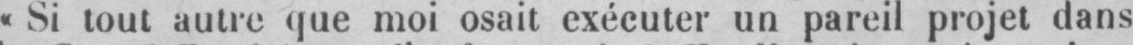
«Si tout autre que moi osait exécuter un pareil projet dans